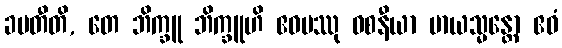
ခမတီတိ, တေ ဘိက္ခူ ဘိက္ခူဟိ ဧဝမဿု ဝစနီယာ မာယသ္မန္တော ဧဝံ